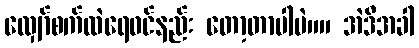
လျှော်စက်ထဲရေ၀င်နည်း တော့တာပါပဲ။။ အဲဒီအခါ